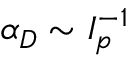
\alpha _ { D } \sim I _ { p } ^ { - 1 }